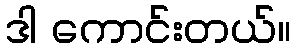
ဒါ ကောင်းတယ်။